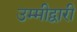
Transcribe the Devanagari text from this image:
उम्मीद्वारी